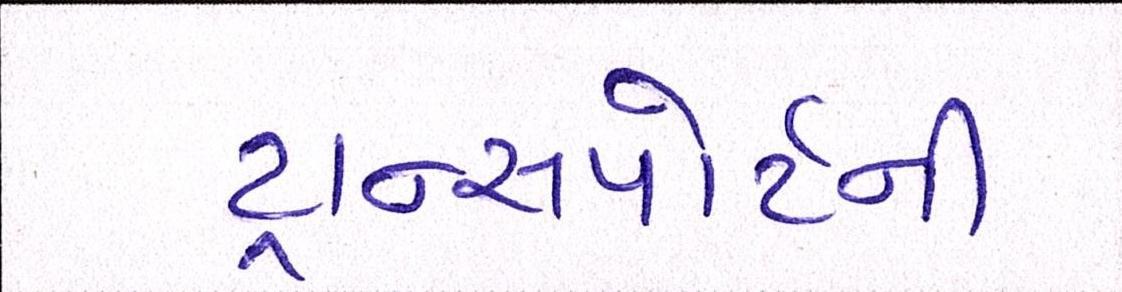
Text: ટ્રાન્સપોર્ટની